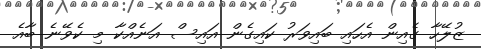
ޒުލޭހާ ގެއިން އެހައި ބައިވަރު ކައިގެން އައިސް އަނެއްކާ މި ކެވޭނެ ބާއެ